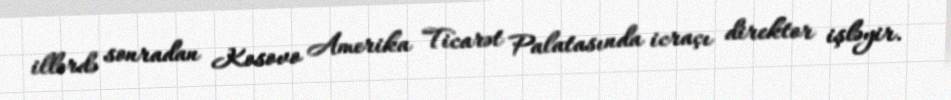
illərdə sonradan Kosovo Amerika Ticarət Palatasında icraçı direktor işləyir.